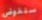
سنخوض